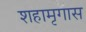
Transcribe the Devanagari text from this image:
शहामृगास